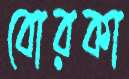
বোরকা